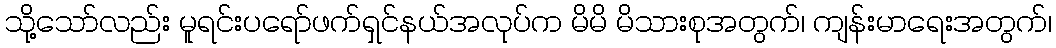
သို့သော်လည်း မူရင်းပရော်ဖက်ရှင်နယ်အလုပ်က မိမိ မိသားစုအတွက်၊ ကျန်းမာရေးအတွက်၊